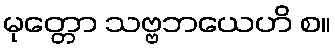
မုတ္တော သဗ္ဗဘယေဟိ စ။